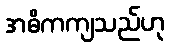
အဓိကကျသည်ဟု